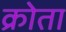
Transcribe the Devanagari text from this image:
क्रोता